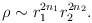
\begin{align*}\rho \sim r_1^{2n_1}r_2^{2n_2}. \end{align*}